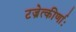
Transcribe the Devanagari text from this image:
टज्रेत्कीर्णाः